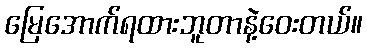
မြေအောက်ရထားဘူတာနဲ့ဝေးတယ်။